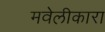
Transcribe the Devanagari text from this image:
मवेलीकारा